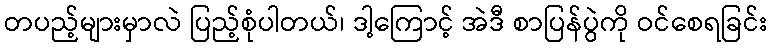
တပည့်များမှာလဲ ပြည့်စုံပါတယ်၊ ဒါ့ကြောင့် အဲဒီ စာပြန်ပွဲကို ဝင်စေရခြင်း